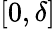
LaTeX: [0,\delta]